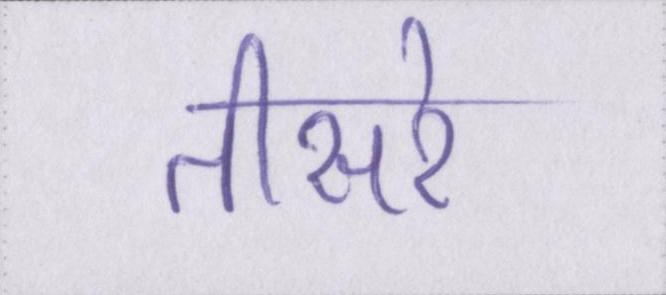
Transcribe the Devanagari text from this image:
तीसरे